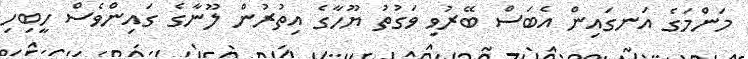
މަންމަގެ އަނގައިން އެބަސް ބޭރުވި ވަގުތު ޔޫހާގެ އިތުރުން ލޫނާގެ ގައިންވެސް ހީބިހި